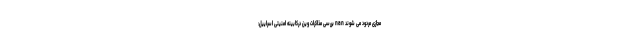
مجازی مردود می شوند nan بررسی مذاکرات وین درکابینه امنیتی اسراییل: